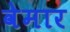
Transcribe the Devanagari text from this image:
वेमार